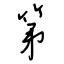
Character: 第